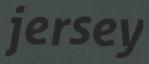
jersey